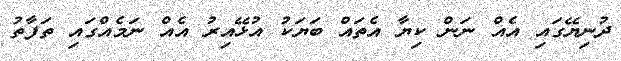
ދުނިޔޭގައި އެއް ނަން ކިޔާ އެތައް ބަޔަކު އުޅޭއިރު އެއް ނަމެއްގައި ތަފާތު